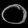
Digit: ၀